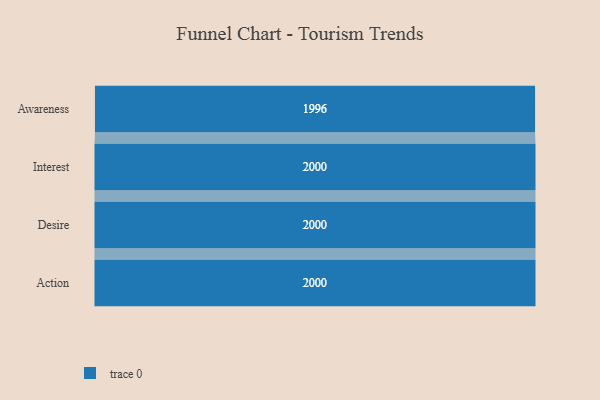
{"axis": {"x": "Stage", "y": "Value"}, "legend": [""], "data": [{"x": "Awareness", "y": 1996.0, "type": ""}, {"x": "Interest", "y": 2000, "type": ""}, {"x": "Desire", "y": 2000, "type": ""}, {"x": "Action", "y": 2000, "type": ""}]}